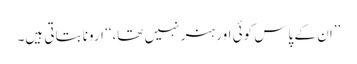
’’ان کے پاس کوئی اور ہنر نہیں تھا،‘‘ ارونا بتاتی ہیں۔